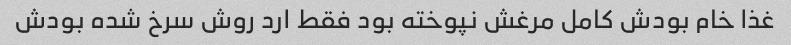
غذا خام بودش کامل مرغش نپوخته بود فقط ارد روش سرخ شده بودش